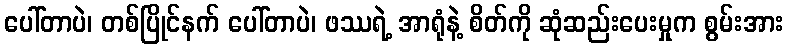
ပေါ်တာပဲ၊ တစ်ပြိုင်နက် ပေါ်တာပဲ၊ ဖဿရဲ့ အာရုံနဲ့ စိတ်ကို ဆုံဆည်းပေးမှုက စွမ်းအား